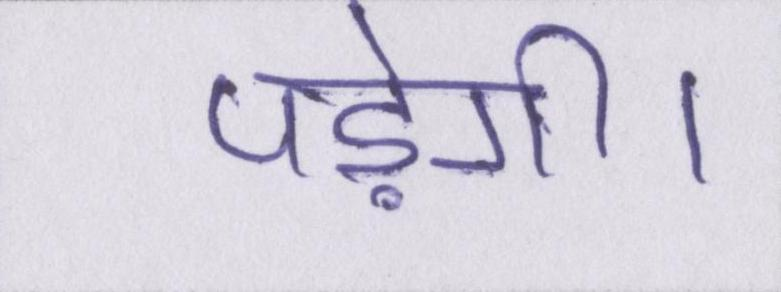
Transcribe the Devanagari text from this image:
पड़ेगी।